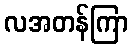
လအတန်ကြာ